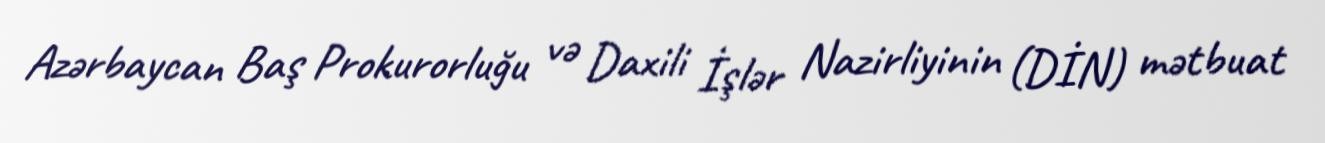
Azərbaycan Baş Prokurorluğu və Daxili İşlər Nazirliyinin (DİN) mətbuat